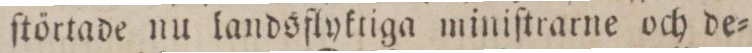
ſtörtade nu landsflyktiga miniſtrarne och de=